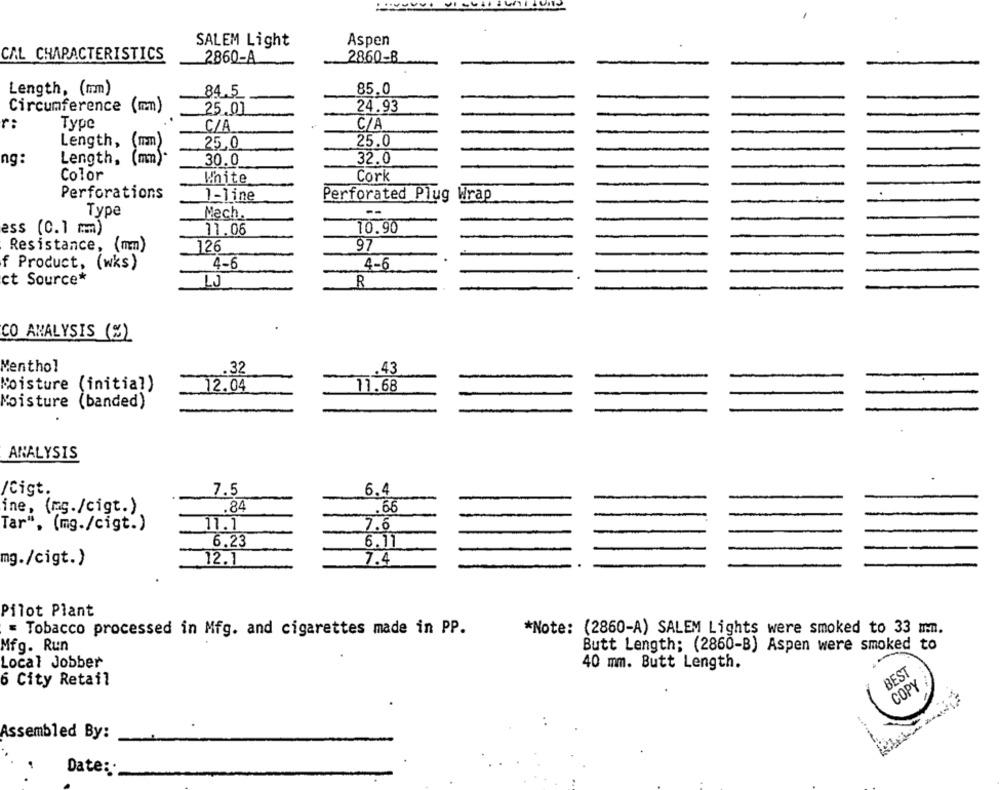
SALEM Light
Aspen
CAL CHARACTERISTICS
2860-A
2860-B
Length, (mm)
84.5
85.0
Circumference (mm)
25.01
24.93
r:
Type
C/A
C/A
Length,
25.0
25,0
(mn)
ng:
Length,
30.0
32.0
Color
White
Cork
Perforations
1-line
Perforated Plug
Wrap
Type
Mech.
ess (0.1 mm)
10.90
11.06
97
Resistance, (mm)
126
f Product, (wks)
4-6
4-6
ct Source*
LJ
R
CO ANALYSIS (%)
Menthol
32
.43
Moisture (initial)
11.68
12.04
Moisture (banded)
ANALYSIS
/Cist.
7.5
6.4
ine, (mg./cigt. )
.84
.66
Tar", (mg./cigt.)
11.1
7.6
6,23
6.1
12.1
7.4
mg./cigt.)
Pilot Plant
= Tobacco processed in Mfg. and cigarettes made in PP.
*Note: (2860-A) SALEM Lights were smoked to 33 mm.
Mfg. Run
Butt Length; (2860-B) Aspen were smoked to
Local Jobber
40 mm. Butt Length.
BEST
6 City Retail
COPY
Assembled By:
Date :.